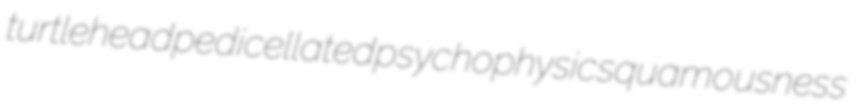
turtlehead pedicellated psychophysic squamousness